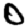
Digit: 0